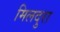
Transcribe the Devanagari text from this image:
मिलदुरा